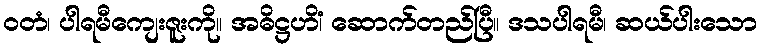
ဝတံ၊ ပါရမီကျေးဇူးကို။ အဓိဋ္ဌဟိံ၊ ဆောက်တည်ပြီ။ ဒသပါရမီ၊ ဆယ်ပါးသော